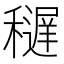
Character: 𥣔